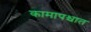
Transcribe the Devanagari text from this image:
कामापश्चात